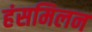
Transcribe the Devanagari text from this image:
हंसमिलन